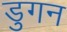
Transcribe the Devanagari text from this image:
डुगन